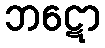
ဘဋော